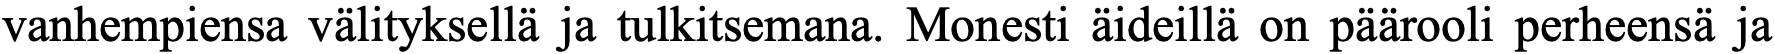
vanhempiensa välityksellä ja tulkitsemana. Monesti äideillä on päärooli perheensä ja